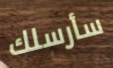
سأرسلك